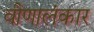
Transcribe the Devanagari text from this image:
वीणालंकार